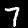
Label: 7